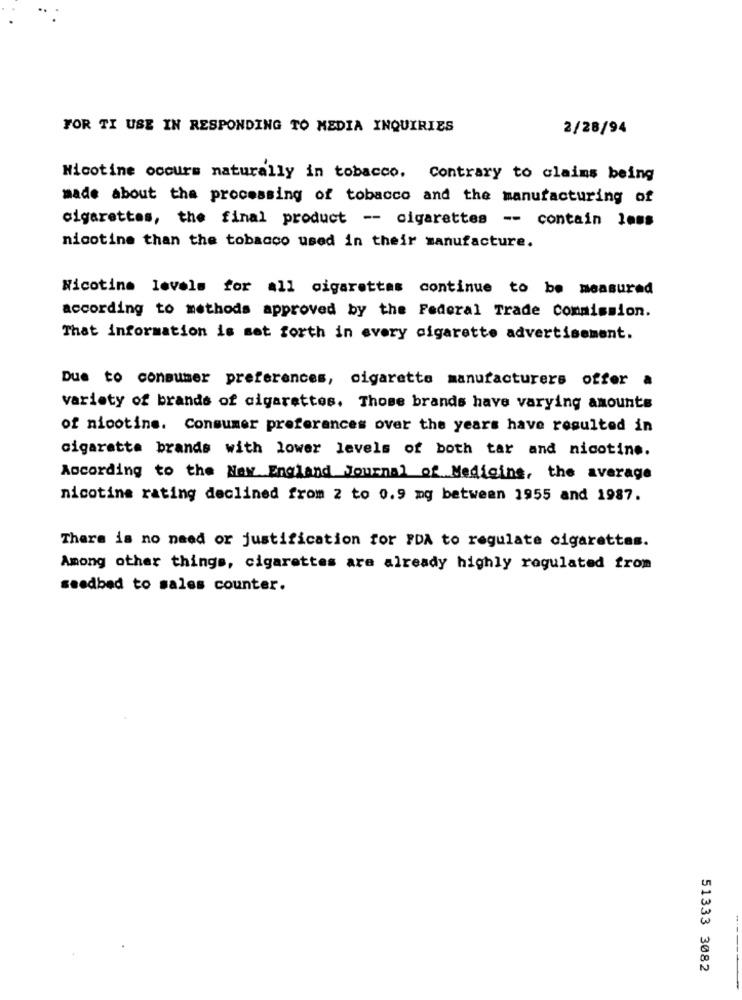
FOR TI USE IN RESPONDING TO MEDIA INQUIRIES
2/28/94
Nicotine occurs naturally in tobacco. Contrary to claims being
made about the processing of tobacco and the manufacturing of
cigarettes, the final product -- cigarettes -- contain lons
nicotine than the tobacco used in their manufacture.
Nicotine levels for all cigarettes continue to be measured
according to methods approved by the Federal Trade commission.
That information is set forth in every cigarette advertisement.
Due to consumer preferences, cigarette manufacturers offer a
variety of brands of cigarettes. Those brands have varying amounts
of nicotins. Consumer preferences over the years have resulted in
cigaretta brands with lower levels of both tar and nicotine.
According to the New England Journal of Medicine, the average
nicotine rating declined from 2 to 0.9 mg between 1955 and 1987.
There is no need or justification for FDA to regulate cigarettes.
Among other things, cigarettes are already highly regulated from
seedbed to sales counter.
51333 3082